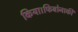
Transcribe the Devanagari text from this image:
किया।फिबोनाकी